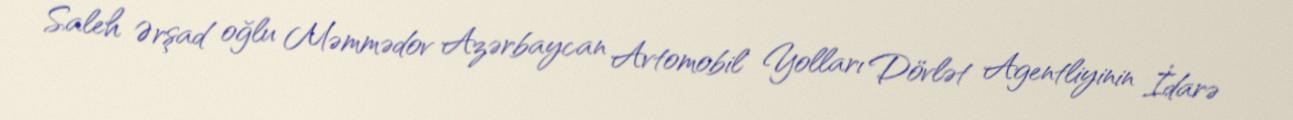
Saleh Ərşad oğlu Məmmədov Azərbaycan Avtomobil Yolları Dövlət Agentliyinin İdarə